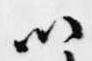
以